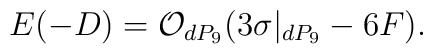
E(-D)={\cal O}_{dP_9}(3 \sigma|_{dP_9} -6F).